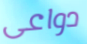
دواعى